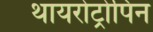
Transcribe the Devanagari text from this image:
थायरोट्रोपिन